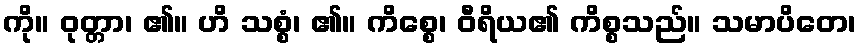
ကို။ ဝုတ္တာ၊ ၏။ ဟိ သစ္စံ၊ ၏။ ကိစ္စေ၊ ဝီရိယ၏ ကိစ္စသည်။ သမာပိတေ၊